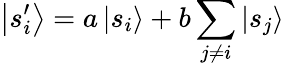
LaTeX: \left|s_{i}^{\prime}\right\rangle=a\left|s_{i}\right\rangle+b\sum_{j\neq i}\left|s_{j}\right\rangle